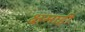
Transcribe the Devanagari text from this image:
क्षमाही